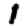
Digit: 1